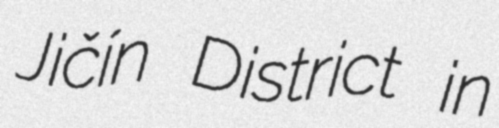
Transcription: Jičín District in